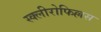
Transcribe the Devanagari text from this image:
स्क्लीरोफिल्लस